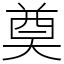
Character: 奠